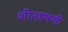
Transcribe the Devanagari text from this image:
शीतएषणी